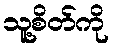
သူ့စိတ်ကို